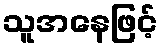
သူအနေဖြင့်